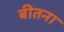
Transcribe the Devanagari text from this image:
बीतना